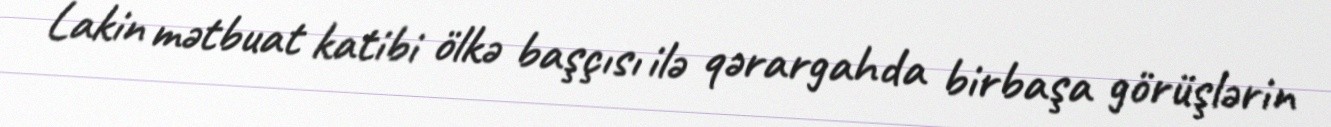
Lakin mətbuat katibi ölkə başçısı ilə qərargahda birbaşa görüşlərin